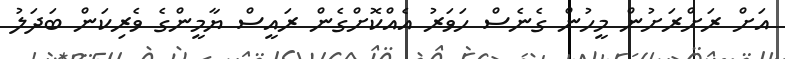
އަށް ރަށްރަށުން މީހުން ގެނެސް ހަވަރު އެއްކޮށްގެން ރައީސް ޔާމީންގެ ވެރިކަން ބަދަލު